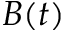
B ( t )